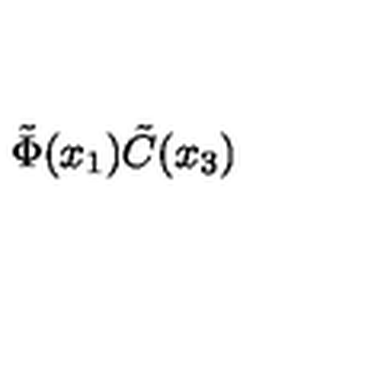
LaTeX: \tilde { \Phi } ( x _ { 1 } ) \tilde { C } ( x _ { 3 } )